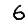
Digit: 6